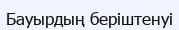
Бауырдың беріштенуі